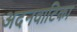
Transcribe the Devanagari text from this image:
अदनवाटिका